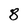
Character: 8